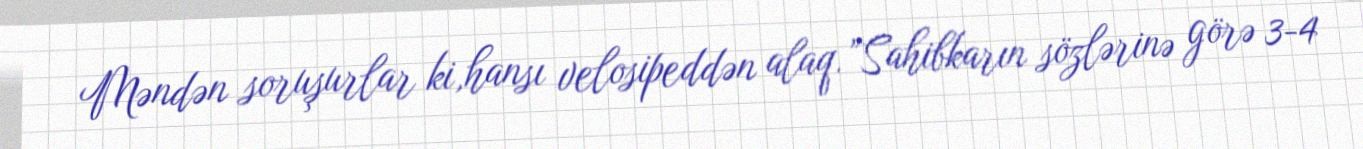
Məndən soruşurlar ki,hansı velosipeddən alaq.”Sahibkarın sözlərinə görə 3-4